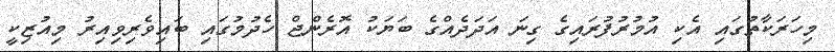
މިހަރަކާތުގައި އެކި އުމުރުފުރައިގެ ގިނަ އަދަދެއްގެ ބަޔަކު އޮރެންޖް ހެދުމުގައި ބައިވެރިވިއިރު މިއުޒިކީ